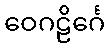
ဝေဂဠိင်္ဂေ